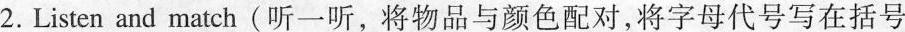
2.Listen and match(听一听，将物品与颜色配对，将字母代号写在括号